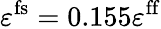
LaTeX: \varepsilon^{\mathrm{fs}}=0.155\varepsilon^{\mathrm{ff}}